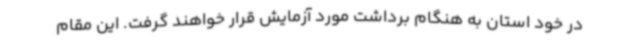
در خود استان به هنگام برداشت مورد آزمایش قرار خواهند گرفت. این مقام